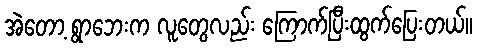
အဲတော့ ရွာဘေးက လူတွေလည်း ကြောက်ပြီးထွက်ပြေးတယ်။